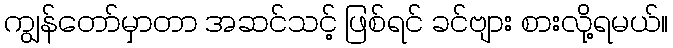
ကျွန်တော်မှာတာ အဆင်သင့် ဖြစ်ရင် ခင်ဗျား စားလို့ရမယ်။